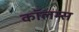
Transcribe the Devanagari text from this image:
कॉलम्स